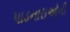
પાડનારાઓની